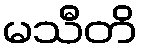
မသီတိ